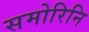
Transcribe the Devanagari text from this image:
समोरिनि